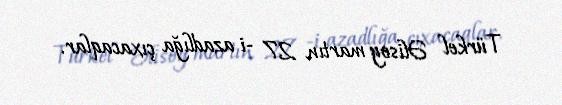
Türkel Əlisoy martın 27 -i azadlığa çıxacaqlar.